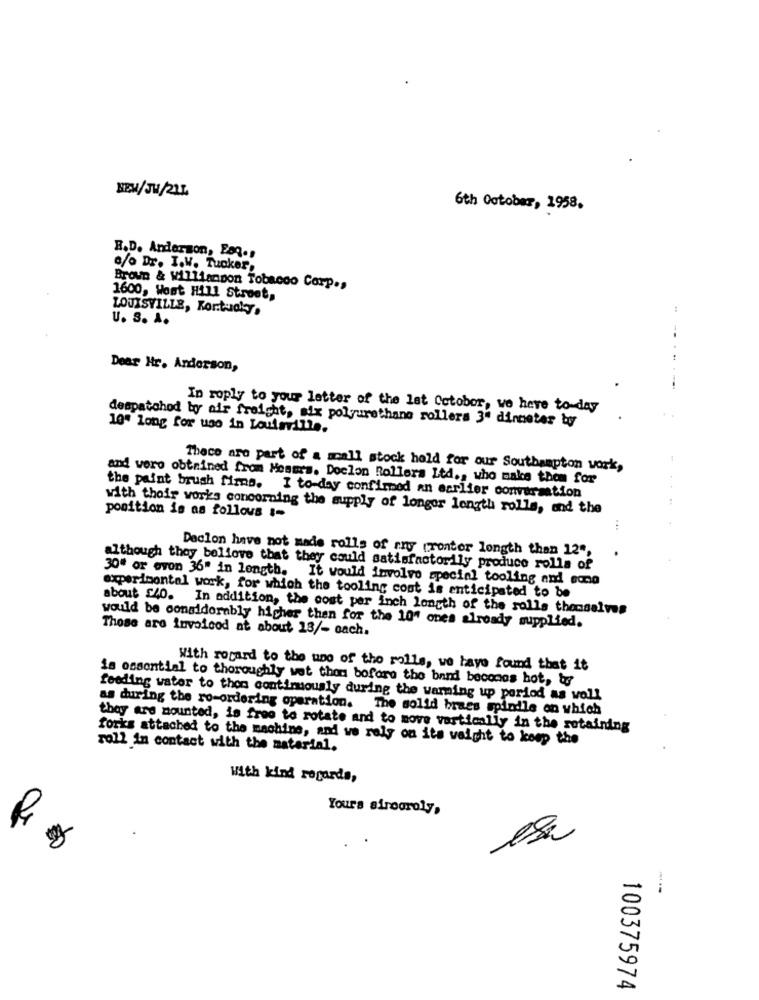
BEM/JH/21L
6th October, 1958,
B.D. Anderson, Esq .,
c/o Dr. I.W. Tucker,
Brown & Williannon Tobacco Corp .,
1600, Wost Hill Street,
LOUISVILLE, Kor.tudky.
U. S. A.
-
Dear Hr. Anderson,
In roply to your letter of the lat Cctobor, we have to-day
despatchod by air freight, mix polyurethane rollers 3ª dinnetar by
10" long for uso in Louisville.
Thece are part of a acall stock held for our Southampton work,
and voro obtained from Mosmrs. Doclon Rollers Ltd ., who make them for
the paint brush firms. I to-day confirmed an earlier conversation
with their works concerning the supply of longer length rolle, and the
position is as follows :-
Declon have not made rolls of ris (ronter longth than 12",
although they bollove that they could satisfactorily produce rolls of
30" or even 36" in length. It would involve special tooling and eco
experimental work, for which the tooling cost is anticipated to be
about £40. In addition, the cost per Inch longth of the rolls themselves
Those are invoicod at about 13/- each.
would be considerably higher than for the 10" ones already supplied.
With regard to the use of the rolls, we have found that it
is essential to thoroughly wet than before the band beconos hot, bg
feeding water to thon continuously during the warming up period as voll
as during the ro-ordering operation. The solid brass spindle on which
they are mounted, is free to rotate and to move vertically in the retaining
forks attached to the machine, and we rely on its vaight to keep the
roll in contact with the material.
With kind regards,
Yours sircaroly,
100375974